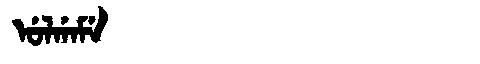
Manchu: ᡠᠯᡤᠠᠮᡝ
Romanization: ULGAME